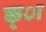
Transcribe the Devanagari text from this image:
क्ा